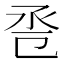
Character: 卺